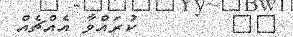
٣٨        ކުރައްވާ އެއްޗެއް